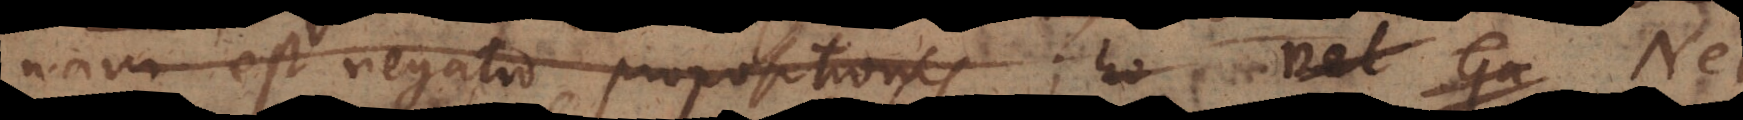
nam est negatio propositionis; vel Ga